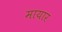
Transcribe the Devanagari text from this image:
मायार